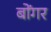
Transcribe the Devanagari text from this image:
बोंगर